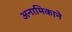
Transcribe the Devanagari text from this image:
अनामिकाने